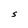
Character: S